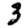
Digit: 3